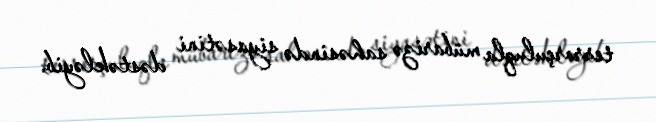
terrorçuluqla mübarizə sahəsində siyasətini dəstəkləyib.